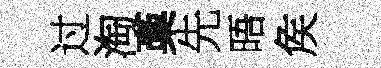
过淘稾先晤矦